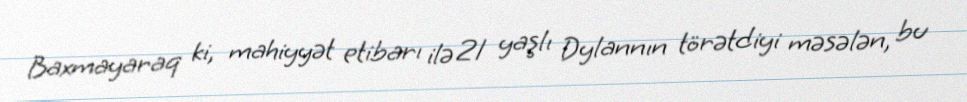
Baxmayaraq ki, mahiyyət etibarı ilə 21 yaşlı Dylannın törətdiyi məsələn, bu